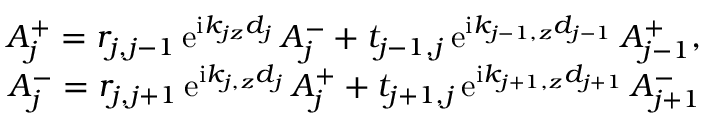
\begin{array} { r } { A _ { j } ^ { + } = r _ { j , j - 1 } \, \mathrm { e } ^ { \mathrm { i } k _ { j z } d _ { j } } \, A _ { j } ^ { - } + t _ { j - 1 , j } \, \mathrm { e } ^ { \mathrm { i } k _ { { j - 1 } , z } d _ { j - 1 } } \, A _ { j - 1 } ^ { + } , } \\ { A _ { j } ^ { - } = r _ { j , j + 1 } \, \mathrm { e } ^ { \mathrm { i } k _ { j , z } d _ { j } } \, A _ { j } ^ { + } + t _ { j + 1 , j } \, \mathrm { e } ^ { \mathrm { i } k _ { { j + 1 } , z } d _ { j + 1 } } \, A _ { j + 1 } ^ { - } } \end{array}